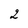
Character: 2